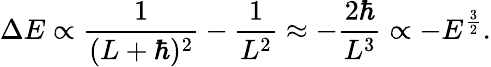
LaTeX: \Delta E\propto{\frac{1}{(L+\hbar)^{2}}}-{\frac{1}{L^{2}}}\approx-{\frac{2\hbar}{L^{3}}}\propto-E^{\frac{3}{2}}.